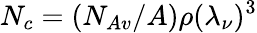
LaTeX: N_{c}=(N_{Av}/A)\rho(\lambda_{\nu})^{3}